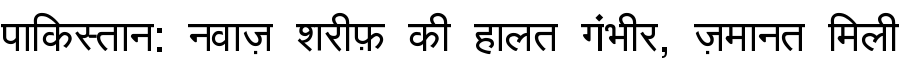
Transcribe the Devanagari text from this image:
पाकिस्तान: नवाज़ शरीफ़ की हालत गंभीर, ज़मानत मिली